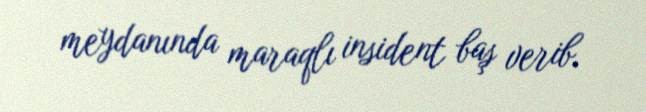
meydanında maraqlı insident baş verib.